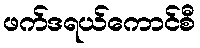
ဖက်ဒရယ်ကောင်စီ